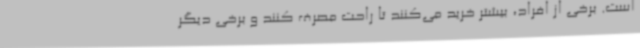
است. برخی از افراد، بیشتر خرید می‌کنند تا راحت مصرف کنند و برخی دیگر